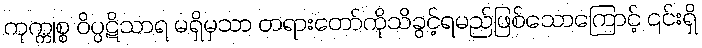
ကုက္ကုစ္စ ဝိပ္ပဋိသာရ မရှိမှသာ တရားတော်ကိုသိခွင့်ရမည်ဖြစ်သောကြောင့် ၎င်းရှိ